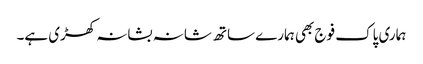
ہماری پاک فوج بھی ہمارے ساتھ شانہ بشانہ کھڑی ہے۔